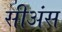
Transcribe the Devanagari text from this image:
सीअंस